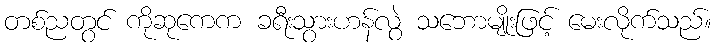
တစ်ညတွင် ကိုဆုကေက ခရီးသွားဟန်လွဲ သဘောမျိုးဖြင့် မေးလိုက်သည်။